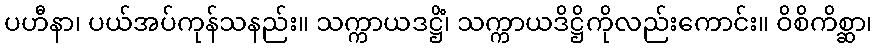
ပဟီနာ၊ ပယ်အပ်ကုန်သနည်း။ သက္ကာယဒဋ္ဌိံ၊ သက္ကာယဒိဋ္ဌိကိုလည်းကောင်း။ ဝိစိကိစ္ဆာ၊